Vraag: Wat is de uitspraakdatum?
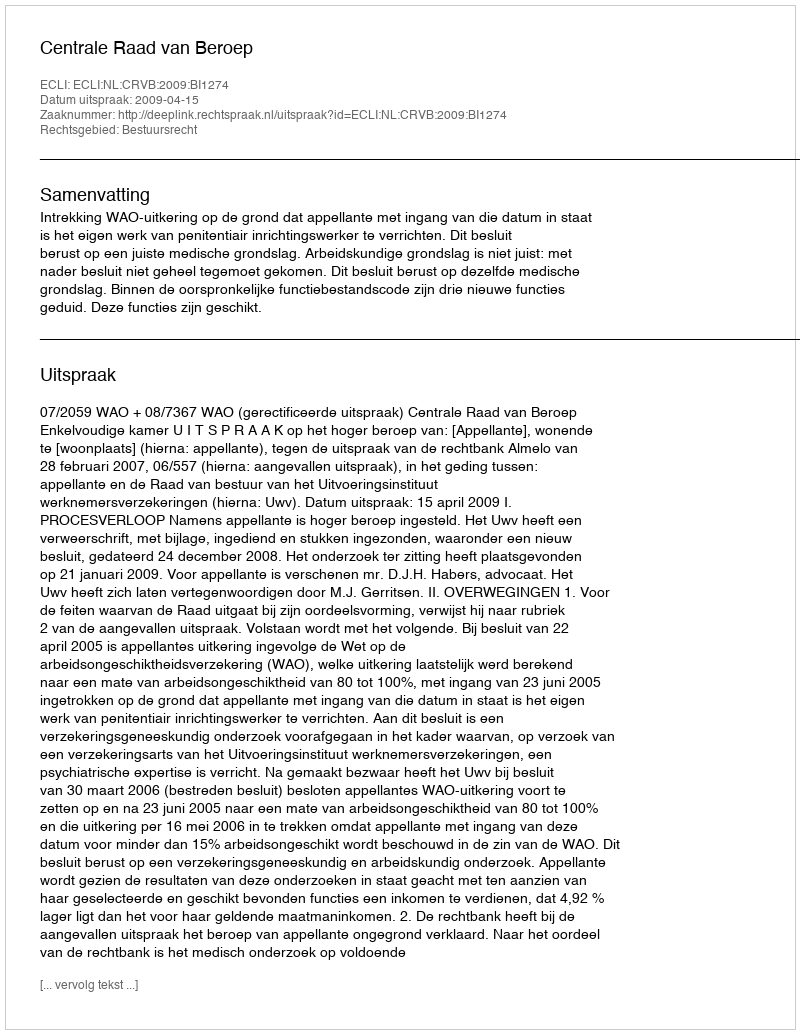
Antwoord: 2009-04-15